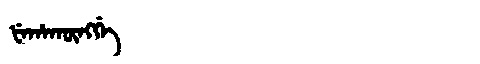
Manchu: ᡶᡝᡥᠠᡴᡡᠩᡤᡝ
Romanization: FEHAKŪNGGE